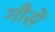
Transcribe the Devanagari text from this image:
गौसें